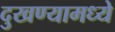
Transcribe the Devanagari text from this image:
दुखण्यामध्ये